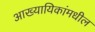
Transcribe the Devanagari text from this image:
आख्यायिकांमधील